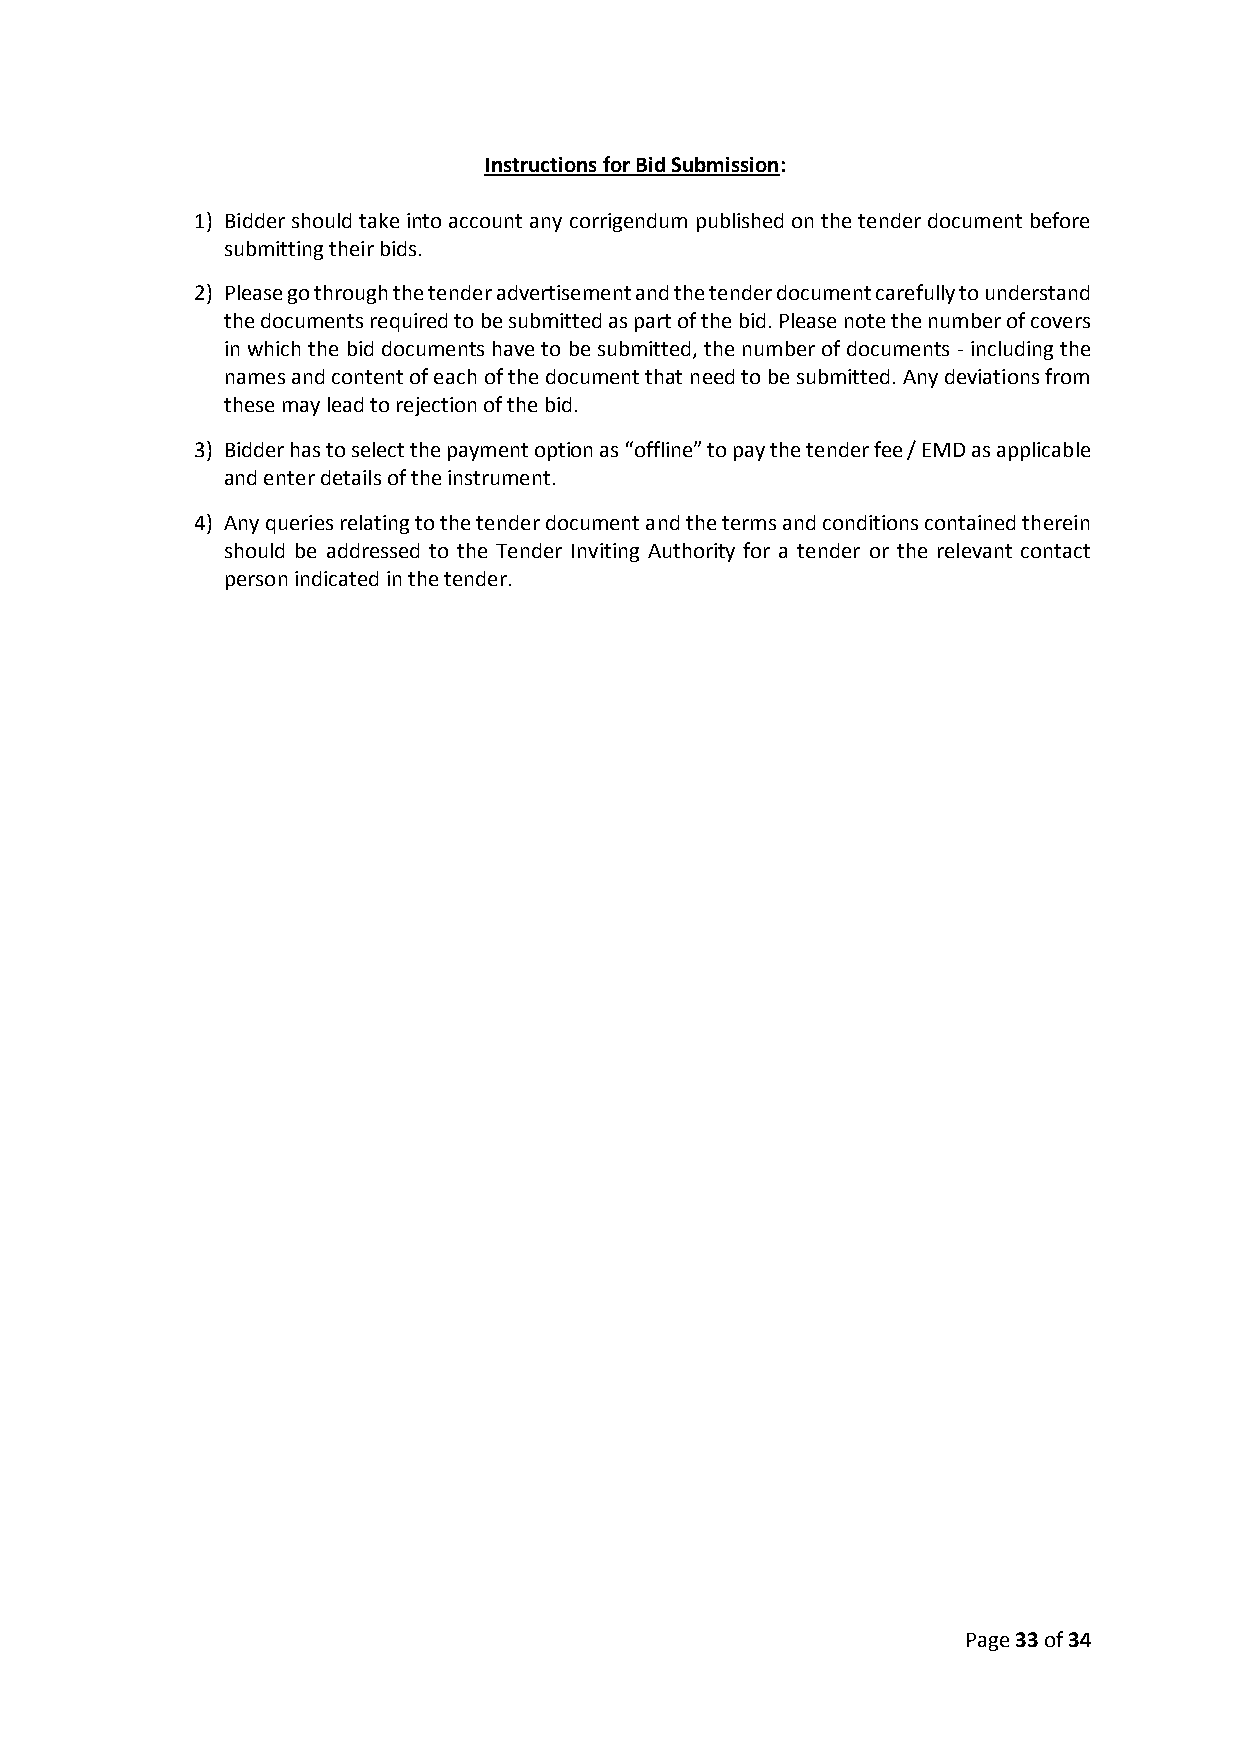
Instructions for Bid Submission:
 1) Bidder should take into account any corrigendum published on the tender document before
 submitting their bids.
 2) Please go through the tender advertisement and the tender document carefully to understand
 the documents required to be submitted as part of the bid. Please note the number of covers
 in which the bid documents have to be submitted, the number of documents - including the
 names and content of each of the document that need to be submitted. Any deviations from
 these may lead to rejection of the bid.
 3) Bidder has to select the payment option as “offline” to pay the tender fee / EMD as applicable
 and enter details of the instrument.
 4) Any queries relating to the tender document and the terms and conditions contained therein
 should be addressed to the Tender Inviting Authority for a tender or the relevant contact
 person indicated in the tender.
 Page 33 of 34